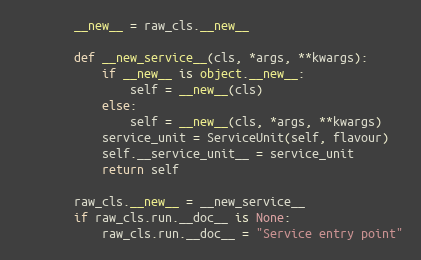
Language: Python
        __new__ = raw_cls.__new__

        def __new_service__(cls, *args, **kwargs):
            if __new__ is object.__new__:
                self = __new__(cls)
            else:
                self = __new__(cls, *args, **kwargs)
            service_unit = ServiceUnit(self, flavour)
            self.__service_unit__ = service_unit
            return self

        raw_cls.__new__ = __new_service__
        if raw_cls.run.__doc__ is None:
            raw_cls.run.__doc__ = "Service entry point"